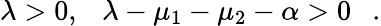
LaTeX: \lambda>0,~~~\lambda-\mu_{1}-\mu_{2}-\alpha>0~~~.